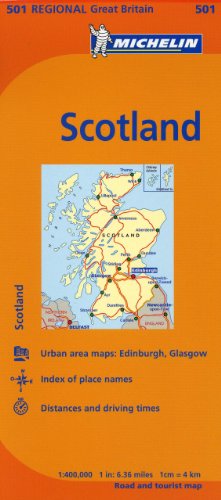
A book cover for Michelin Map Great Britain: Scotland 501 (Maps/Regional (Michelin)); Michelin Travel & Lifestyle; Travel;